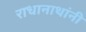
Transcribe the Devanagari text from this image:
राधानाथांनी